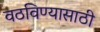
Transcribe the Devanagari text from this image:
वठविण्यासाठी